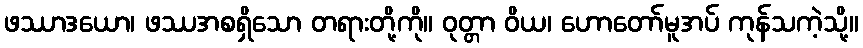
ဖဿာဒယော၊ ဖဿအစရှိသော တရားတို့ကို။ ဝုတ္တာ ဝိယ၊ ဟောတော်မူအပ် ကုန်သကဲ့သို့။